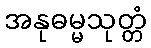
အနုဓမ္မသုတ္တံ